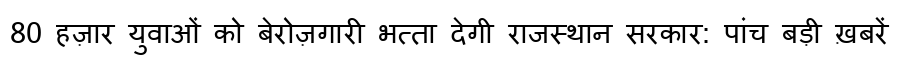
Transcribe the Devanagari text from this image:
80 हज़ार युवाओं को बेरोज़गारी भत्ता देगी राजस्थान सरकार: पांच बड़ी ख़बरें